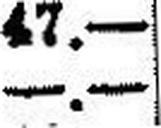
—.—